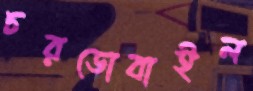
চরডোবাইল